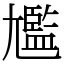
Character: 尷